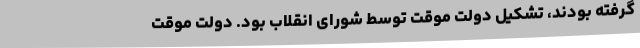
گرفته‌ بودند، تشکیل‌ دولت‌ موقت ‌توسط‌ شورای‌ انقلاب‌ بود. دولت‌ موقت‌